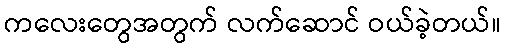
ကလေးတွေအတွက် လက်ဆောင် ဝယ်ခဲ့တယ်။